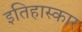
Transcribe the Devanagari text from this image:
इतिहास्कार